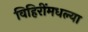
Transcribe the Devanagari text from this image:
विहिरींमधल्या